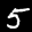
Label: 5